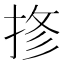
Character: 𱟾